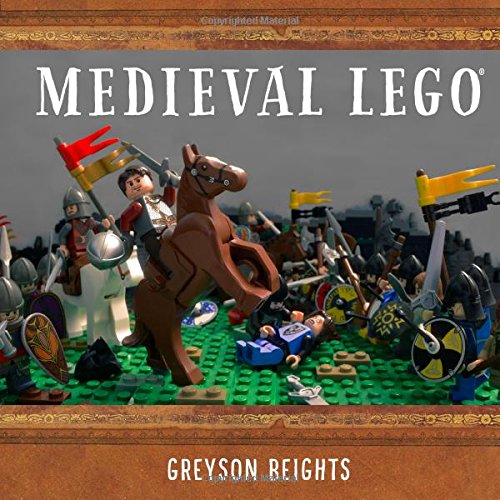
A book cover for Medieval LEGO; Greyson Beights; Crafts, Hobbies & Home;